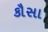
કૌસા